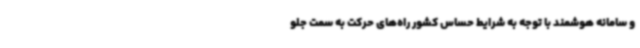
و سامانه هوشمند با توجه به شرایط حساس کشور راه‌های حرکت به سمت جلو